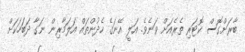
ބާރަށްގޮސް ކޮޓަރި ތެރެއަށް ވަނެވެ. އަލީ އޭނަގެ ހެދުންތައް އަލަމާރިން ނަގާ ދަބަހަކަށް